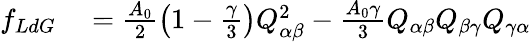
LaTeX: \begin{array}{rl}{f_{LdG}}&{{}=\frac{A_{0}}{2}\left(1-\frac{\gamma}{3}\right)Q_{\alpha\beta}^{2}-\frac{A_{0}\gamma}{3}Q_{\alpha\beta}Q_{\beta\gamma}Q_{\gamma\alpha}}\end{array}